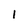
Character: 1